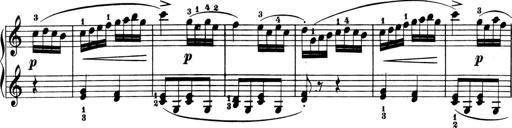
Title: 6 Piano Sonatinas
Composer: Cornelius Gurlitt